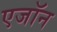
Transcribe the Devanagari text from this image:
एजॉन